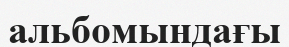
альбомындағы